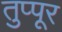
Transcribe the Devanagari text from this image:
तुप्पूर